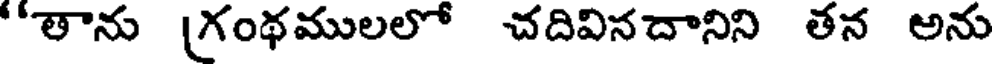
"తాను [గంథములలో చదివినదానిని తన అను